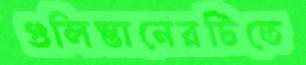
গুলিস্তানেরটিতে